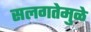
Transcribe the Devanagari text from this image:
सलगतेमुळे